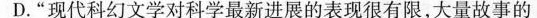
D.“现代科幻文学对科学最新进展的表现很有限，大量故事的